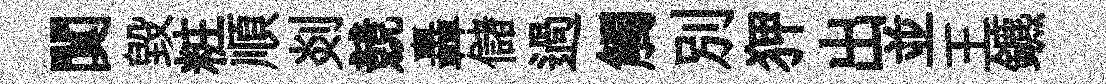
闃毁粧順剡競轟儲過觸别狎出並王鑣